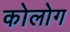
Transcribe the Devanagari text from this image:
कोलोग